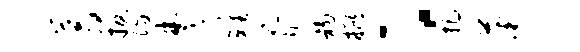
蓊扳阳楚雉胥初摭：把薇